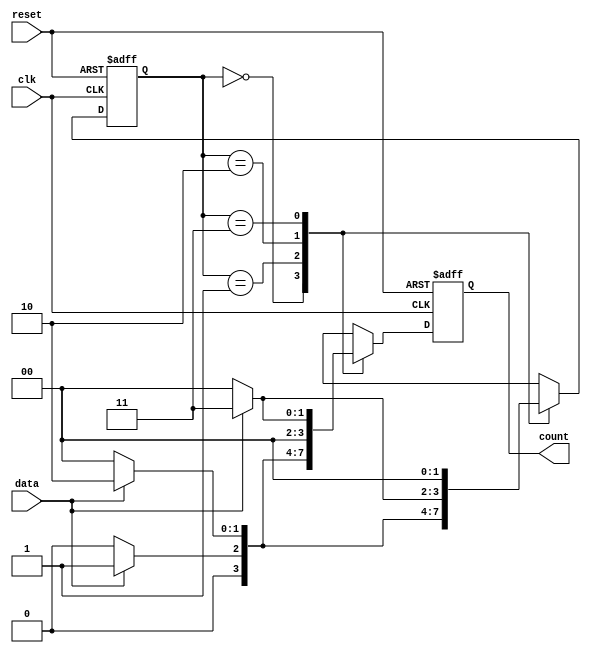
module seq_counter (
  input clk,
  input reset,
  input data,
  output reg  [1:0]count
);

  reg [1:0] state;

  always @(posedge clk or posedge reset) begin
    if (reset) begin
      state <= 2'b00;
      count <= 2'b00 ;
    end
    else begin
      case(state)
        2'b00: begin 
          if (data == 1) begin
            state <= 2'b01;
            count <= 2'b01; end
          else begin
            state <= 2'b00;
            count <= 2'b00 ; end
        end
        
        2'b01: begin 
          if (data == 1) begin
            state <= 2'b10;
            count <= 2'b10; end
          else begin
            state <= 2'b00;
           count <= 2'b00 ; end
        end
        
        2'b10: begin 
          if (data == 1) begin
            state <= 2'b11;
            count <= 2'b00 ; end
          else begin
            state <= 2'b00;
            count <=2'b00; end
        end
        2'b11: begin 
          if (data == 1) begin
            state <= 2'b00;
            count <= 2'b11; 
          end
          else begin
            state <= 2'b00;
            count <= 2'b00; 
          end
        end
      endcase
    end
  end

endmodule